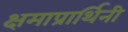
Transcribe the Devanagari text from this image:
क्षमाप्रार्थिनी